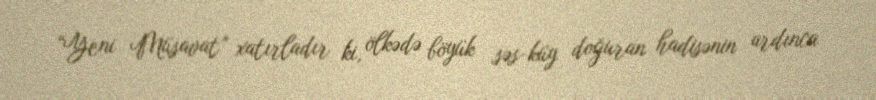
“Yeni Müsavat” xatırladır ki, ölkədə böyük səs-küy doğuran hadisənin ardınca